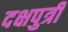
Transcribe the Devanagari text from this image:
दक्षपुत्री